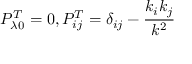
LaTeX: P _ { \lambda 0 } ^ { T } = 0 , P _ { i j } ^ { T } = \delta _ { i j } - \frac { k _ { i } k _ { j } } { k ^ { 2 } }